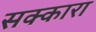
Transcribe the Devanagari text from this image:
सक्कारा